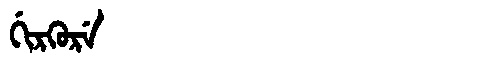
Manchu: ᡤᡳᡵᡴᡠᡵᡝ
Romanization: GIRKURE